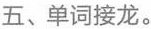
五、单词接龙。